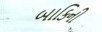
બાકિની